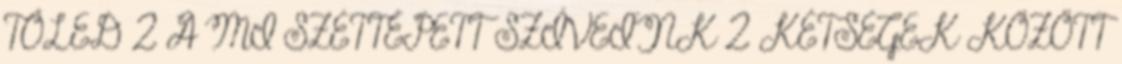
TŐLED 2 A MI SZÉTTÉPETT SZÍVEINK 2 KÉTSÉGEK KÖZÖTT